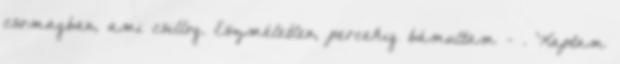
csomagban, ami csillog. Eszméletlen, percekig bámultam - . Kaptam